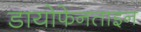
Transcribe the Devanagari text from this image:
डायोफेनताइन